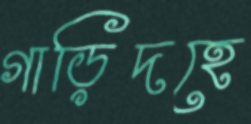
গাড়িদহে